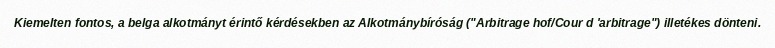
Kiemelten fontos, a belga alkotmányt érintő kérdésekben az Alkotmánybíróság ("Arbitrage hof/Cour d 'arbitrage") illetékes dönteni.